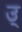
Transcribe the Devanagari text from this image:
उ्